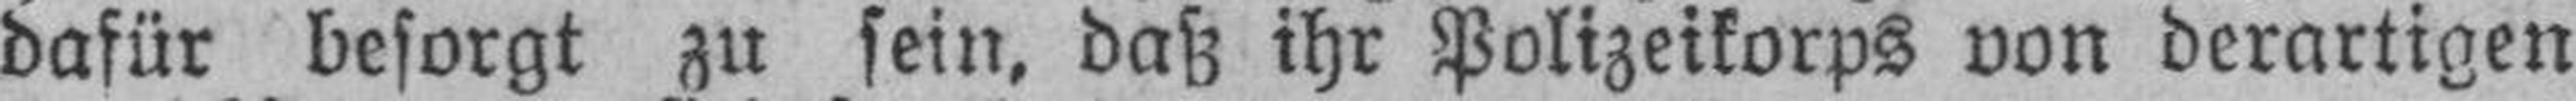
dafür besorgt zu sein, daß ihr Polizeikorps von derartigen